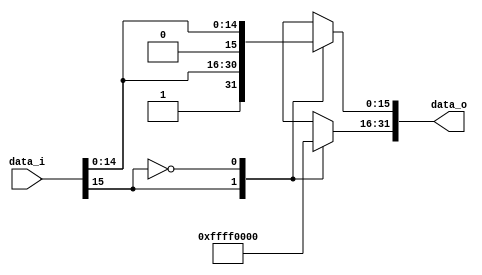
//Subject:     CO project 2 - Sign extend
//--------------------------------------------------------------------------------
//Version:     1
//--------------------------------------------------------------------------------
//Writer:
//----------------------------------------------
//Date:
//----------------------------------------------
//Description:
//--------------------------------------------------------------------------------

module Sign_Extend(
    data_i,
    data_o
    );

//I/O ports
input   [16-1:0] data_i;
output  [32-1:0] data_o;

//Internal Signals
reg     [32-1:0] data_o;

//Sign extended
always@(*) 
begin
    //data_o <= {{16{data_i[15]}}, data_i};
    case(data_i[15])
		1: begin
		data_o[31:16] <=16'b1111111111111111;
		data_o[15:0]  <=data_i;
		end	
		0: begin
		data_o[31:16] <=16'b0000000000000000;
		data_o[15:0]  <=data_i;
		end
		default: data_o <= data_o;
	endcase
end

endmodule